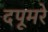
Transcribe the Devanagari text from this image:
दपूमरे